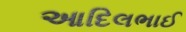
આદિલભાઈ